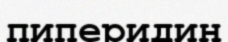
пиперидин